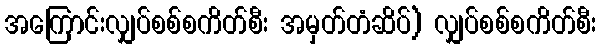
အကြောင်းလျှပ်စစ်စကိတ်စီး အမှတ်တံဆိပ်) လျှပ်စစ်စကိတ်စီး